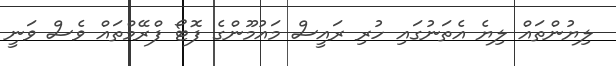
ލިޔުންތައް ލިޔެ އެތަނުގައި ހުރި ރައީސް މައުމޫންގެ ފޮޓޯ ފްރޭމްތައް ވެސް ވަނީ